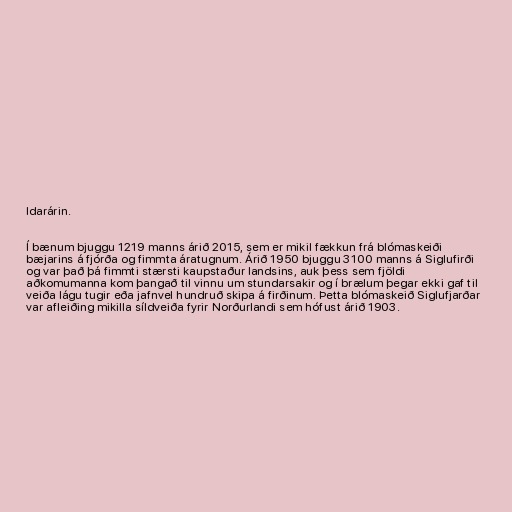
ldarárin.

Í bænum bjuggu 1219 manns árið 2015, sem er mikil fækkun frá blómaskeiði
bæjarins á fjórða og fimmta áratugnum. Árið 1950 bjuggu 3100 manns á Siglufirði
og var það þá fimmti stærsti kaupstaður landsins, auk þess sem fjöldi
aðkomumanna kom þangað til vinnu um stundarsakir og í brælum þegar ekki gaf til
veiða lágu tugir eða jafnvel hundruð skipa á firðinum. Þetta blómaskeið Siglufjarðar
var afleiðing mikilla síldveiða fyrir Norðurlandi sem hófust árið 1903.